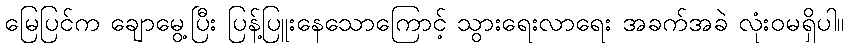
မြေပြင်က ချောမွေ့ပြီး ပြန့်ပြူးနေသောကြောင့် သွားရေးလာရေး အခက်အခဲ လုံးဝမရှိပါ။